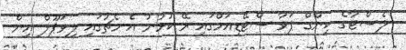
ލެސްޓާގެ ކިންގް ޕަވާ ސްޓޭޑިއަމްގައި ރޭ ކުޅުނު އެ މެޗުގައި ލިވަޕޫލް އިން